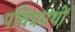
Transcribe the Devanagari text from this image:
पवित्रग्रंथों